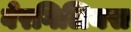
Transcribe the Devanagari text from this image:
वेरगिलियस